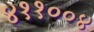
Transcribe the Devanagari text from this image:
४११००४